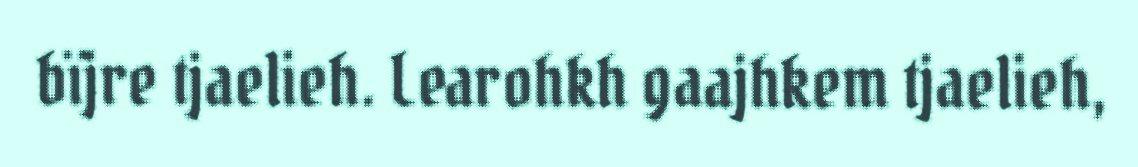
bïjre tjaelieh. Learohkh gaajhkem tjaelieh,